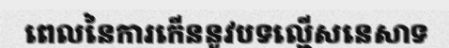
ពេលនៃការកើននូវបទល្មើសនេសាទ